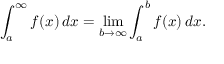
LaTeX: \int _ { a } ^ { \infty } f ( x ) \, d x = \operatorname* { l i m } _ { b \to \infty } \int _ { a } ^ { b } f ( x ) \, d x .